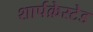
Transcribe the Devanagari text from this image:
शार्पक्रेस्टेड